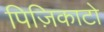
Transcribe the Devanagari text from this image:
पिज़िकाटो